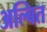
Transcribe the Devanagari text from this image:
अल्बित